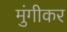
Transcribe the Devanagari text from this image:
मुंगीकर